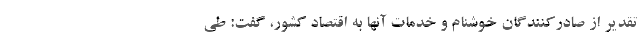
تقدیر از صادرکنندگان خوشنام و خدمات آنها به اقتصاد کشور، گفت: طی